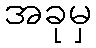
အခုမှ